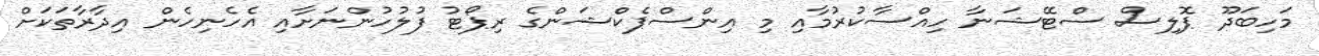
މަހިބަދޫ ޕޮލިސް ސްޓޭޝަނާ ހިއްސާކުރުމާއި މި އިންސްޕެކްޝަންގެ ރިޕޯޓު ފުލުހުންނަށާއި އެހެނިހެން އިދާރާތަކަށް